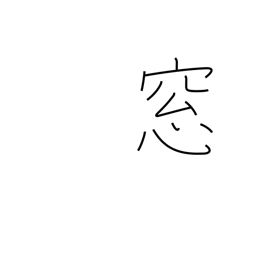
Meaning: window